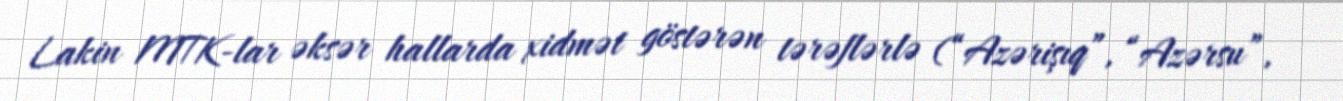
Lakin MTK-lar əksər hallarda xidmət göstərən tərəflərlə (“Azərişıq”, “Azərsu”,